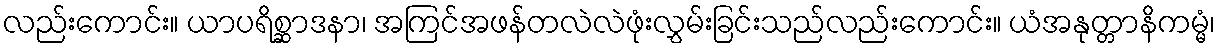
လည်းကောင်း။ ယာပရိစ္ဆာဒနာ၊ အကြင်အဖန်တလဲလဲဖုံးလွှမ်းခြင်းသည်လည်းကောင်း။ ယံအနုတ္တာနိကမ္မံ၊